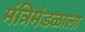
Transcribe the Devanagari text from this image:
मंत्रिमंडळाला